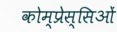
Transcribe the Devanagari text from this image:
कोम्प्रेस्सिओं